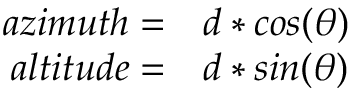
\begin{array} { r l } { a z i m u t h = } & { { } d * c o s ( \theta ) } \\ { a l t i t u d e = } & { { } d * s i n ( \theta ) } \end{array}